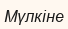
Мүлкіне